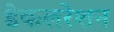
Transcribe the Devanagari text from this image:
डेकलरेशन